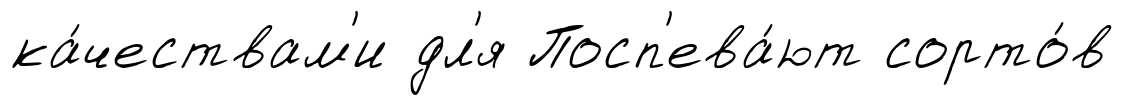
ка́чествам'и дл'я Посп'ева́ют сорто́в